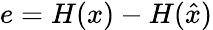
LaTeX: e=H(x)-H({\hat{x}})